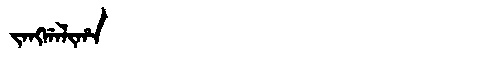
Manchu: ᠵᠠᠩᡤᠠᠯᡳᡥᠠ
Romanization: JANGGALIHA